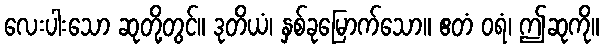
လေးပါးသော ဆုတို့တွင်။ ဒုတိယံ၊ နှစ်ခုမြောက်သော။ ဧတံ ဝရံ၊ ဤဆုကို။